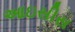
આઇસીસ